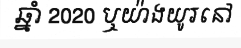
ឆ្នាំ 2020 ឬយ៉ាងយូរនៅ